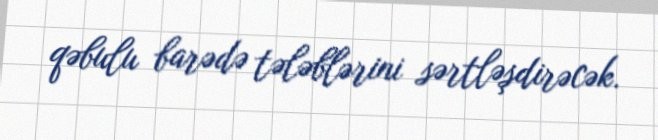
qəbulu barədə tələblərini sərtləşdirəcək.